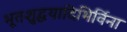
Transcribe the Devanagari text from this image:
भूतशुद्धयादिभिर्विना